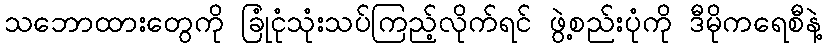
သဘောထားတွေကို ခြုံငုံသုံးသပ်ကြည့်လိုက်ရင် ဖွဲ့စည်းပုံကို ဒီမိုကရေစီနဲ့